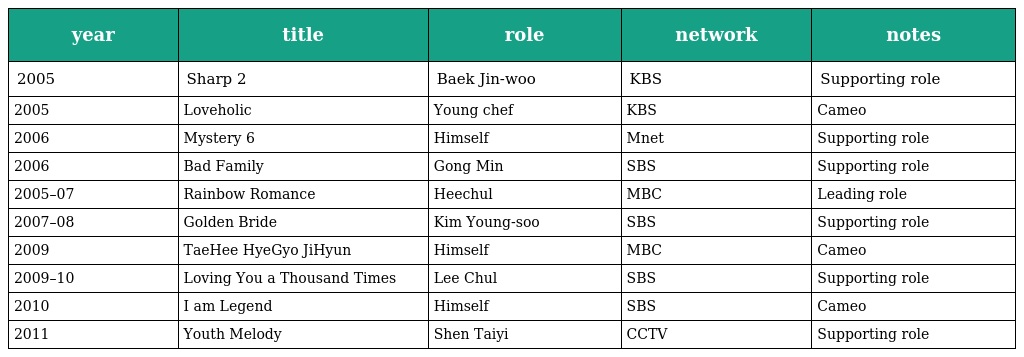
| year | title | role | network | notes |
 | --- | --- | --- | --- | --- |
 | 2005 | Sharp 2 | Baek Jin-woo | KBS | Supporting role |
 | 2005 | Loveholic | Young chef | KBS | Cameo |
 | 2006 | Mystery 6 | Himself | Mnet | Supporting role |
 | 2006 | Bad Family | Gong Min | SBS | Supporting role |
 | 2005–07 | Rainbow Romance | Heechul | MBC | Leading role |
 | 2007–08 | Golden Bride | Kim Young-soo | SBS | Supporting role |
 | 2009 | TaeHee HyeGyo JiHyun | Himself | MBC | Cameo |
 | 2009–10 | Loving You a Thousand Times | Lee Chul | SBS | Supporting role |
 | 2010 | I am Legend | Himself | SBS | Cameo |
 | 2011 | Youth Melody | Shen Taiyi | CCTV | Supporting role |